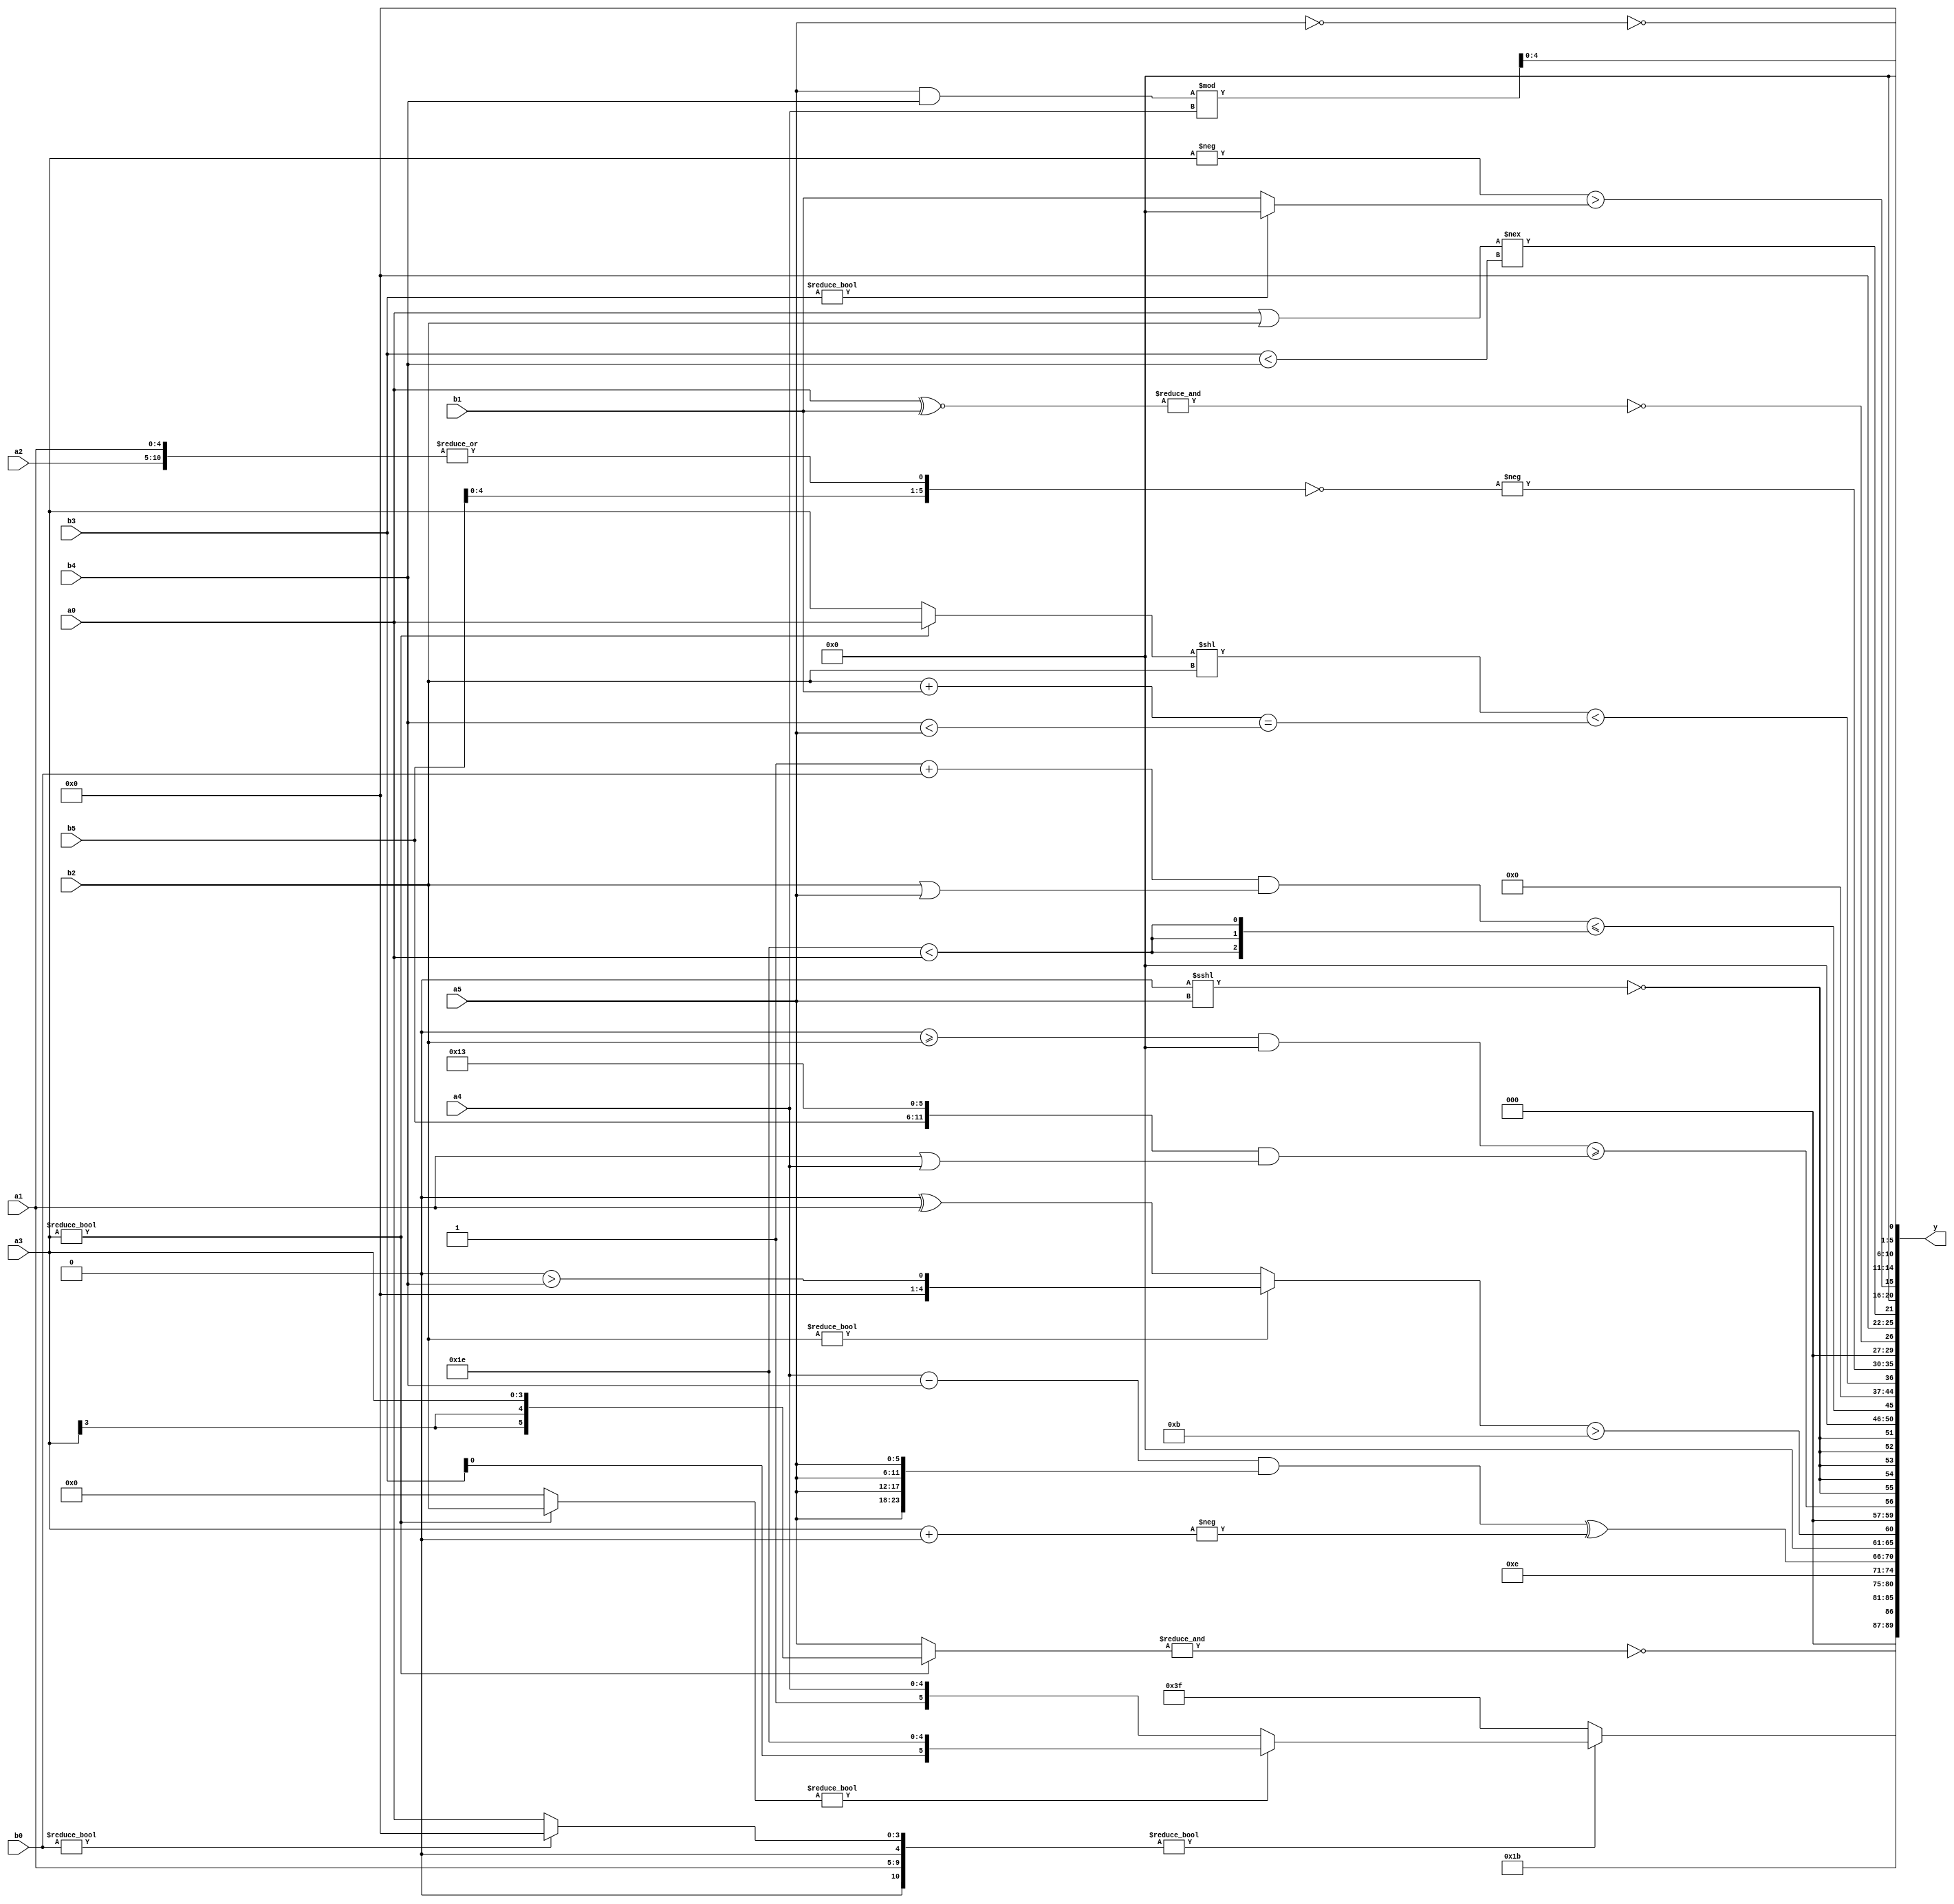
module expression_00199(a0, a1, a2, a3, a4, a5, b0, b1, b2, b3, b4, b5, y);
  input [3:0] a0;
  input [4:0] a1;
  input [5:0] a2;
  input signed [3:0] a3;
  input signed [4:0] a4;
  input signed [5:0] a5;

  input [3:0] b0;
  input [4:0] b1;
  input [5:0] b2;
  input signed [3:0] b3;
  input signed [4:0] b4;
  input signed [5:0] b5;

  wire [3:0] y0;
  wire [4:0] y1;
  wire [5:0] y2;
  wire signed [3:0] y3;
  wire signed [4:0] y4;
  wire signed [5:0] y5;
  wire [3:0] y6;
  wire [4:0] y7;
  wire [5:0] y8;
  wire signed [3:0] y9;
  wire signed [4:0] y10;
  wire signed [5:0] y11;
  wire [3:0] y12;
  wire [4:0] y13;
  wire [5:0] y14;
  wire signed [3:0] y15;
  wire signed [4:0] y16;
  wire signed [5:0] y17;

  output [89:0] y;
  assign y = {y0,y1,y2,y3,y4,y5,y6,y7,y8,y9,y10,y11,y12,y13,y14,y15,y16,y17};

  localparam [3:0] p0 = (~|{3{(+(4'd5))}});
  localparam [4:0] p1 = {{(2'd0),(5'd15)},((3'd4)?(4'sd0):(-3'sd1)),(~(&(3'd7)))};
  localparam [5:0] p2 = (-(3'd1));
  localparam signed [3:0] p3 = (+(-({3{(~^(-5'sd5))}}<(((3'd0)<(5'd7))?((4'd15)<<(4'sd4)):{4{(4'd6)}}))));
  localparam signed [4:0] p4 = {(3'd7),(~^(~^(~&(-3'sd0)))),{(-2'sd1),(-(-4'sd1))}};
  localparam signed [5:0] p5 = (((-4'sd6)?(5'd11):(4'sd4))?(-((-3'sd3)?(-4'sd0):(2'd2))):((3'sd2)?(2'sd0):(4'sd6)));
  localparam [3:0] p6 = (+(|((3'd5)?(5'sd3):(4'd1))));
  localparam [4:0] p7 = ((5'd16)>=(~|(5'd0)));
  localparam [5:0] p8 = (-3'sd0);
  localparam signed [3:0] p9 = ((-2'sd0)^(4'd3));
  localparam signed [4:0] p10 = (-(~^(&(&(|(|(+(-(2'd2)))))))));
  localparam signed [5:0] p11 = (5'd19);
  localparam [3:0] p12 = (~&(^(|(|(|((4'sd3)<<<(3'sd1)))))));
  localparam [4:0] p13 = (-4'sd2);
  localparam [5:0] p14 = (+{4{((-5'sd7)^(5'd23))}});
  localparam signed [3:0] p15 = (&(2'd0));
  localparam signed [4:0] p16 = ((3'd7)?(5'd12):(4'd0));
  localparam signed [5:0] p17 = {1{(5'sd14)}};

  assign y0 = (~&{4{(a3?a3:a5)}});
  assign y1 = (5'd27);
  assign y2 = ({{(p2?a1:b5),(b0?p1:a0)}}?((a3?b2:p0)?{a5,b3,p13}:{p8,p2,a4}):(-2'sd1));
  assign y3 = (((p3?p16:p5)?{3{p0}}:{p8,p7})?({1{{4{a1}}}}+{p3,p12,a3}):{3{{4{p17}}}});
  assign y4 = ($unsigned(((a4-b4)&&{4{a5}}))^{1{((-(a3+p1)))}});
  assign y5 = $unsigned((($unsigned(b2)?(p1>b4):(p15^a1))>(4'd11)));
  assign y6 = (^(((p8>=b2)&&(p1>>>p1))>=({b5,p11}&(a1||a4))));
  assign y7 = $signed({2{(($unsigned((p15<<<a5))==({4{p3}}<$signed(p13))))}});
  assign y8 = (((p7+b0)&&{1{(b2|a5)}})<={3{(p13<a0)}});
  assign y9 = ({(4'd2 * (^(2'd0)))}?{2{{4{p16}}}}:($unsigned((b5!==b2))<<{3{p14}}));
  assign y10 = (((a3?a0:a3)<<{b2})<((b2+b1)==(b4<a5)));
  assign y11 = {(-(~{(&{a5,b1}),{p4,b1,b5},(|{a1,a1,a2})}))};
  assign y12 = (~&(a0^~b1));
  assign y13 = {{(p15&&a3),(~&p15),{p8,p14,p15}},{(~{((5'd2 * p13)<={p14,p8})})},((a0||b2)!==(b3<b4))};
  assign y14 = ({1{(-a3)}}>(b3?p5:b1));
  assign y15 = ((5'd22)<(((5'sd10))<=(-2'sd1)));
  assign y16 = ((a5&b4)%a4);
  assign y17 = (~&{1{(!a5)}});
endmodule